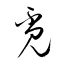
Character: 覔